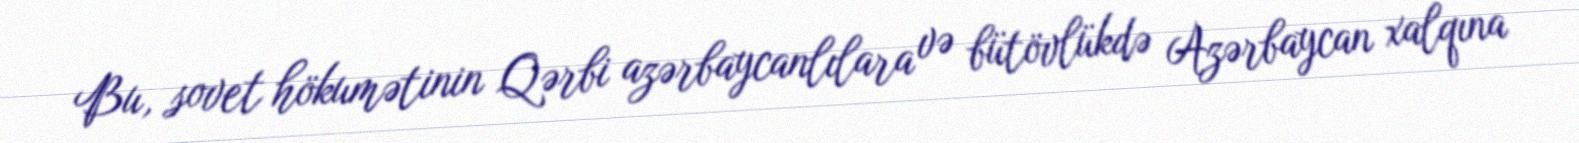
Bu, sovet hökumətinin Qərbi azərbaycanlılara və bütövlükdə Azərbaycan xalqına